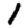
Digit: 1